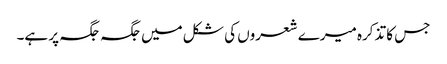
جس کا تذکرہ میرے شعروں کی شکل میں جگہ جگہ پر ہے۔